Lunatic asylums in Bengal annual reports 1912-1924 - 1912-1924
Year: 1912
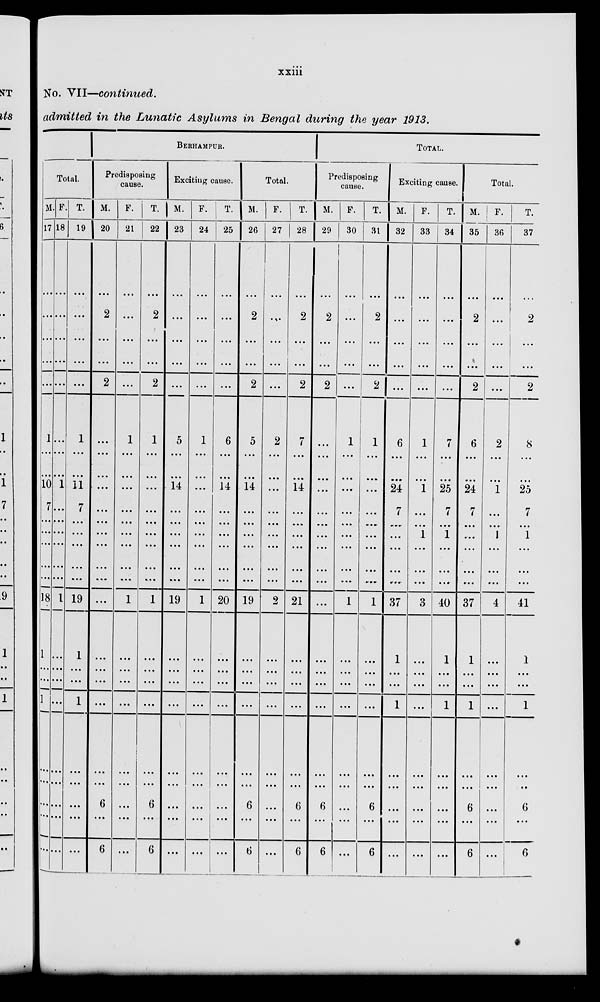
xxiii
No. VII—continued.
admitted in the Lunatic Asylums in Bengal during the year 1913.
Total.
M.
17
...
...
...
...
...
1
...
...
10
7
...
...
...
...
...
18
1
...
...
1
...
... ...
...
...
F.
18
...
...
...
...
...
...
...
...
1
...
...
...
...
...
...
1
...
...
...
...
...
...
...
...
...
T.
19
...
...
...
...
...
1
...
...
11
7
...
...
...
...
...
19
1
...
...
1
...
...
...
...
...
BERHAMPUR.
Predisposing
cause.
M.
20
...
2
...
...
2
...
...
...
...
...
...
...
...
...
...
...
...
...
...
...
...
...
6
...
6
F.
21
...
...
...
...
...
1
...
...
...
...
...
...
...
...
...
1
...
...
...
...
...
...
...
...
...
T.
22
...
2
...
...
2
1
...
...
...
...
...
...
...
...
...
1
...
...
...
...
...
...
6
...
6
Exciting cause.
M.
23
...
...
...
...
...
5
...
...
14
...
...
...
...
...
...
19
...
...
...
...
...
...
...
...
...
F.
24
...
...
...
...
...
1
...
...
...
...
...
...
...
...
...
1
...
...
...
...
...
...
...
...
...
T.
25
6
...
...
14
...
...
...
...
...
...
20
...
...
...
...
...
...
...
...
...
Total.
M.
26
...
2
...
...
2
5
...
...
14
...
...
...
...
...
...
19
...
...
...
...
...
...
6
...
6
F.
27
...
...
...
...
...
2
...
...
...
...
...
...
...
...
...
2
...
...
...
...
...
...
...
...
...
T.
28
...
2
...
...
2
7
...
...
14
...
...
...
...
...
...
21
...
...
...
...
...
...
6
...
6
TOTAL.
Predisposing
cause.
M.
29
...
2
...
...
2
...
...
...
...
...
...
...
...
...
...
...
...
...
...
...
...
...
6
...
6
F.
30
...
...
...
...
...
1
...
...
...
...
...
...
...
...
...
1
...
...
...
...
...
...
...
...
...
T.
31
...
2
...
...
2
1
...
...
...
...
...
...
...
...
...
1
...
...
...
...
...
...
6
...
6
Exciting cause.
M.
32
...
...
...
...
...
6
...
...
24
7
...
...
...
...
...
37
1
...
...
1
...
...
...
...
...
F.
33
...
...
...
...
...
1
...
...
1
...
...
1
...
...
...
3
...
...
...
...
...
...
...
...
...
T.
34
...
...
...
...
...
7
...
...
25
7
...
1
...
...
...
40
1
...
...
1
...
...
...
...
...
Total.
M.
35
...
2
...
...
2
6
...
...
24
7
...
...
...
...
...
37
1
...
...
1
...
...
6
...
6
F.
36
...
...
...
...
...
2
...
...
1
...
...
1
...
...
...
4
...
...
...
...
...
...
...
...
...
T.
37
2
...
...
2
8
...
...
25
7
...
1
...
...
...
41
1
...
...
1
...
...
6
...
6